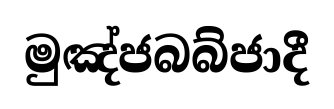
මුඤ්ජබබ්ජාදී